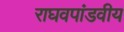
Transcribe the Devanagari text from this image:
राघवपांडवीय